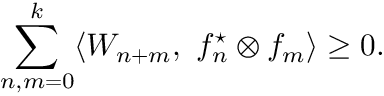
\sum _ { n , m = 0 } ^ { k } \langle { \cal W } _ { n + m } , \ f _ { n } ^ { \star } \otimes f _ { m } \rangle \geq 0 .